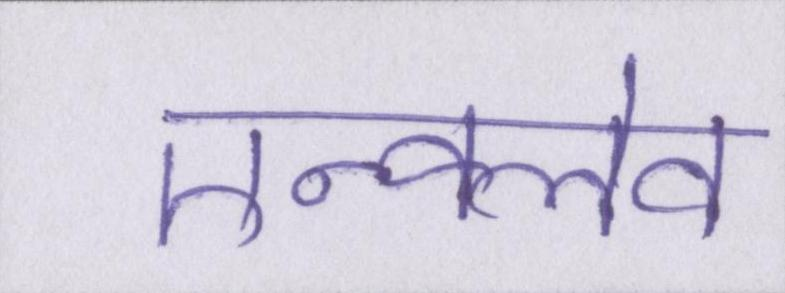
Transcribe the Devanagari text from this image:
एन्क्लेव